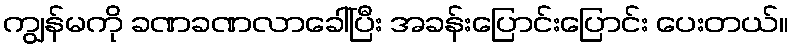
ကျွန်မကို ခဏခဏလာခေါ်ပြီး အခန်းပြောင်းပြောင်း ပေးတယ်။